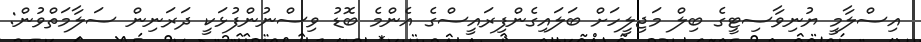
އިސްލާމީ ޔުނިވާސިޓީގެ ބިލް މަޖިލީހަށް ބަލައިގެންފިރައީސްގެ އެންމެ ބޮޑު ވިސްނުންފުޅަކީ ދަރަނިން ސަލާމަތްވުން: